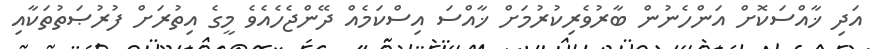
އަދި ޚާއްސަކޮށް އަންހެނުން ބާރުވެރިކުރުމަށް ޚާއްސަ އިސްކަމެއް ދޭންޖެހެއެވެ މީގެ އިތުރަށް ފުރުޞަތުތަކާއި